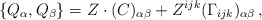
\begin{align*} \{Q_\alpha , Q_\beta \} = Z \cdot (C)_{\alpha \beta} + Z^{ijk} (\Gamma_{ijk})_{\alpha\beta} \, ,\end{align*}